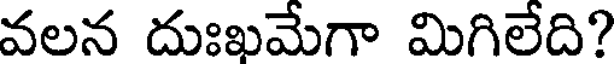
వలన దుఃఖమేగా మిగిలేది?